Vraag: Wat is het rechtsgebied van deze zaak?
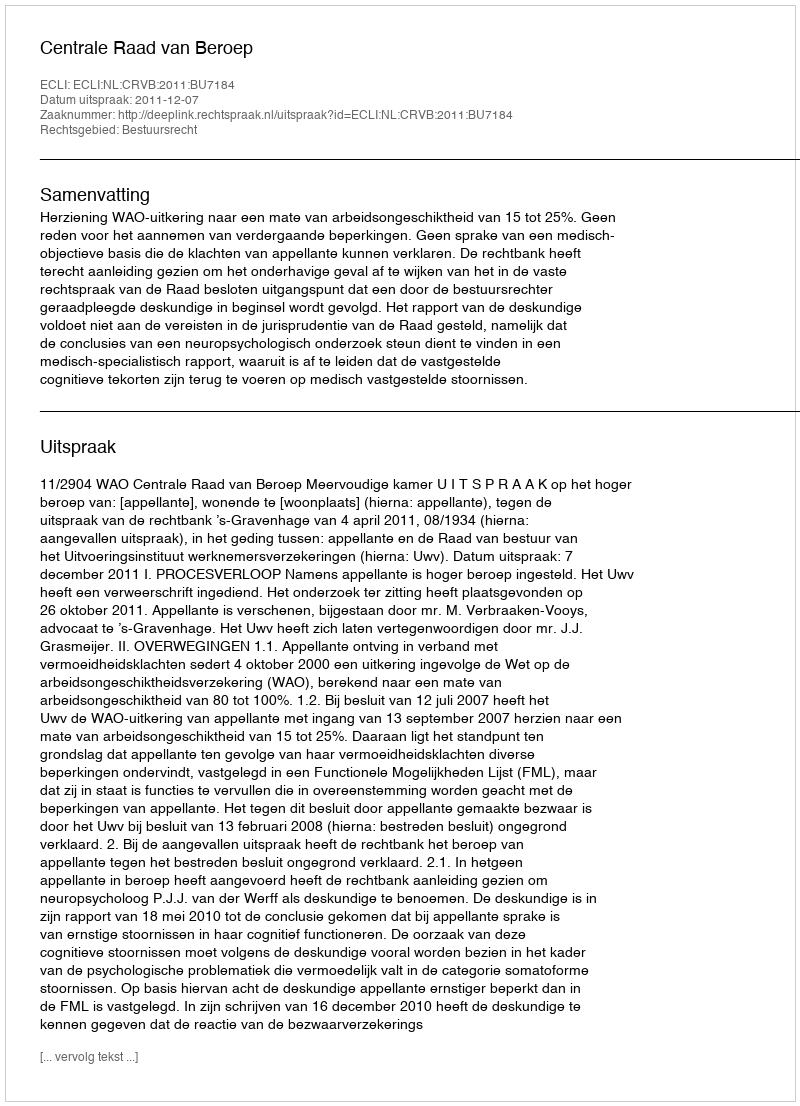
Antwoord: Bestuursrecht